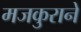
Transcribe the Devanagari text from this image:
मजकुराने